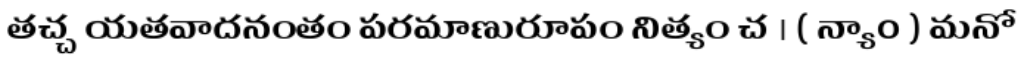
తచ్చ యతవాదనంతం పరమాణురూపం నిత్యం చ । ( న్యా0 ) మనో